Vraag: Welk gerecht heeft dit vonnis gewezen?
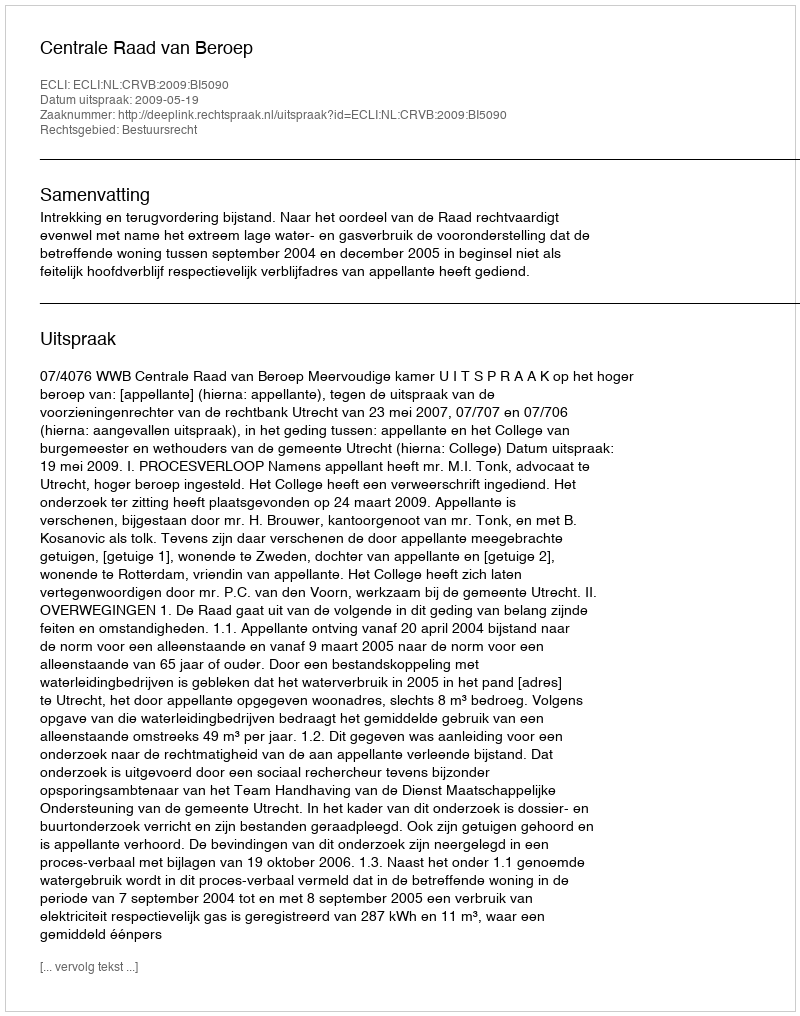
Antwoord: Centrale Raad van Beroep